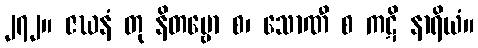
၂၇၂။ ဇဃနံ တု နိတမ္ဗော စ၊ သောဏီ စ ကဋိ နာရိယံ။